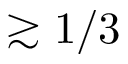
\gtrsim 1 / 3